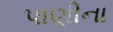
પાણીના